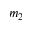
m _ { 2 }